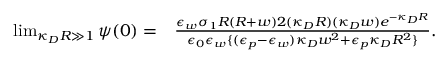
\begin{array} { r l } { \operatorname* { l i m } _ { \kappa _ { D } R \gg 1 } \psi ( 0 ) = } & { \frac { \epsilon _ { w } \sigma _ { 1 } R \left( R + w \right) 2 ( \kappa _ { D } R ) ( \kappa _ { D } w ) e ^ { - \kappa _ { D } R } } { \epsilon _ { 0 } \epsilon _ { w } \{ ( \epsilon _ { p } - \epsilon _ { w } ) \kappa _ { D } w ^ { 2 } + \epsilon _ { p } \kappa _ { D } R ^ { 2 } \} } . } \end{array}